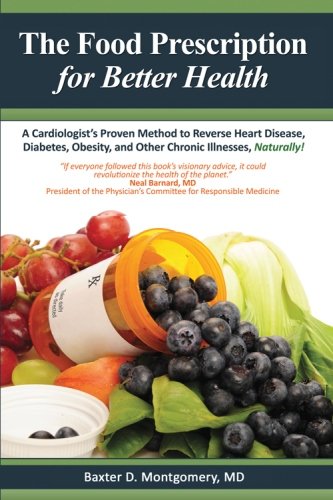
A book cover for The Food Prescription for Better Health: A Cardiologists Proven Method to Reverse Heart Disease, Diabetes, Obesity, and Other Chronic Illnesses Naturally!; Baxter D. Montgomery MD; Health, Fitness & Dieting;